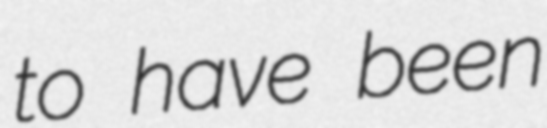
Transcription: to have been